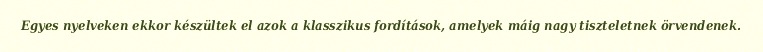
Egyes nyelveken ekkor készültek el azok a klasszikus fordítások, amelyek máig nagy tiszteletnek örvendenek.